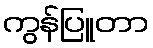
ကွန်ပြူတာ